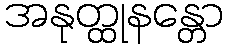
အနုတ္ထုနန္တော